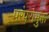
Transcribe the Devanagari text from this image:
परंपराभुक्त